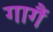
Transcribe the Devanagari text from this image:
गागैं